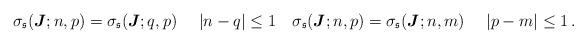
LaTeX: \begin{align*}\sigma_\mathfrak{s}(\boldsymbol{J};n,p)=\sigma_\mathfrak{s}(\boldsymbol{J};q,p) \quad\ |n-q|\leq 1 \quad\sigma_\mathfrak{s}(\boldsymbol{J};n,p)=\sigma_\mathfrak{s}(\boldsymbol{J};n,m) \quad\ |p-m|\leq 1\,.\end{align*}